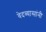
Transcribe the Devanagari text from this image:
वेदव्यासांनी